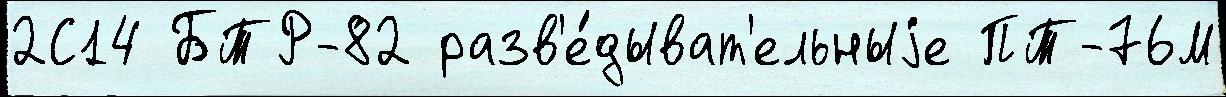
2С14 БТР-82 разв'е́дыват'ельныjе ПТ-76М